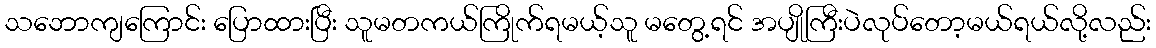
သဘောကျကြောင်း ပြောထားပြီး သူမတကယ်ကြိုက်ရမယ့်သူ မတွေ့ရင် အပျိုကြီးပဲလုပ်တော့မယ်ရယ်လို့လည်း